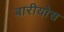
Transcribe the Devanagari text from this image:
बारीयोस